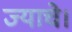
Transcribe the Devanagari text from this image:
ज्याचे।